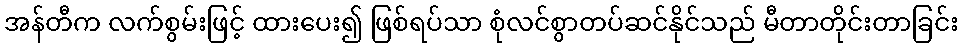
အန်တီက လက်စွမ်းဖြင့် ထားပေး၍ ဖြစ်ရပ်သာ စုံလင်စွာတပ်ဆင်နိုင်သည် မီတာတိုင်းတာခြင်း